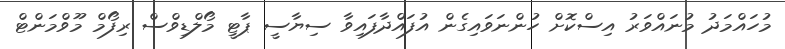
މުހައްމަދު މުނައްވަރު އިސްކޮށް ހުންނަވައިގެން އުފައްދާފައިވާ ސިޔާސީ ޕާޓީ މޯލްޑިވްސް ރިފޯމް މޫވްމަންޓް